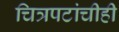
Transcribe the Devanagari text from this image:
चित्रपटांचीही